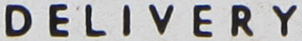
DELIVERY